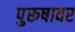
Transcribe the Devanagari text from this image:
पुरूषावर